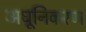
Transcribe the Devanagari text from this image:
अधूनिकरण